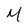
Character: M